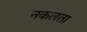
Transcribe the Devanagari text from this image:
नकलता